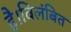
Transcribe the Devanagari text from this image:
है।विलंबित